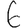
Digit: 6